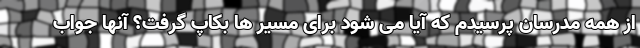
از همه مدرسان پرسیدم که آیا می شود برای مسیر ها بکاپ گرفت؟ آنها جواب